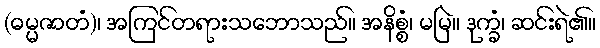
(ဓမ္မဇာတံ)၊ အကြင်တရားသဘောသည်။ အနိစ္စံ၊ မမြဲ။ ဒုက္ခံ၊ ဆင်းရဲ၏။